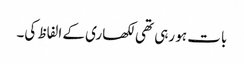
بات ہو رہی تھی لکھاری کے الفاظ کی۔